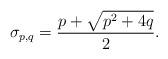
LaTeX: \begin{align*}\sigma_{p,q}=\frac{p+\sqrt{p^{2}+4q}}{2}.\end{align*}